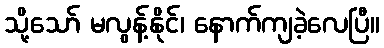
သို့သော် မလွန့်နိုင်၊ နောက်ကျခဲ့လေပြီ။